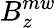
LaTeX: B_{z}^{mw}